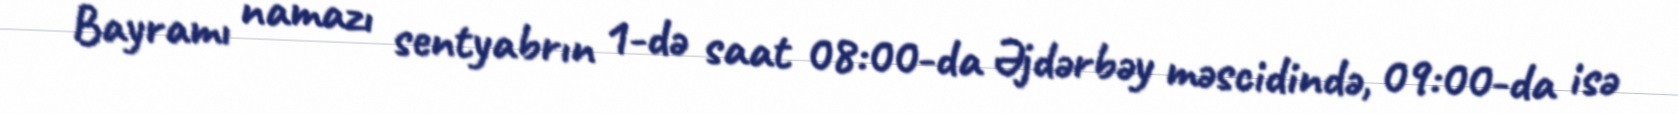
Bayramı namazı sentyabrın 1-də saat 08:00-da Əjdərbəy məscidində, 09:00-da isə